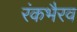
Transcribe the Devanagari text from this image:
रंकभैरव